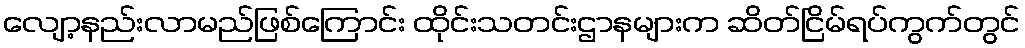
လျော့နည်းလာမည်ဖြစ်ကြောင်း ထိုင်းသတင်းဌာနများက ဆိတ်ငြိမ်ရပ်ကွက်တွင်